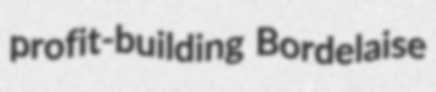
profit-building Bordelaise